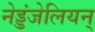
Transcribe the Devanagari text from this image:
नेड्डंजेलियन्